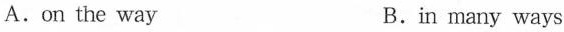
A.on the way B.in many ways